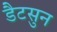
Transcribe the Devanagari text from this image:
डैटसुन